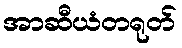
အာဆီယံတရုတ်